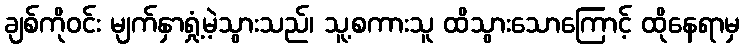
ချစ်ကိုဝင်း မျက်နှာရှုံ့မဲ့သွားသည်၊ သူ့စကားသူ ထိသွားသောကြောင့် ထိုနေရာမှ